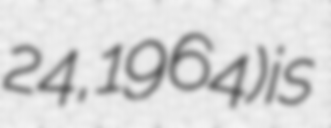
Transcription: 24, 1964) is